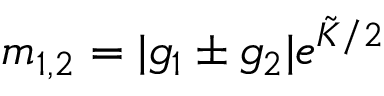
m _ { 1 , 2 } = | g _ { 1 } \pm g _ { 2 } | e ^ { \tilde { \cal K } / 2 }